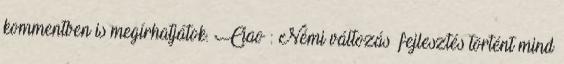
kommentben is megírhatjátok. Ciao : Némi változás fejlesztés történt mind